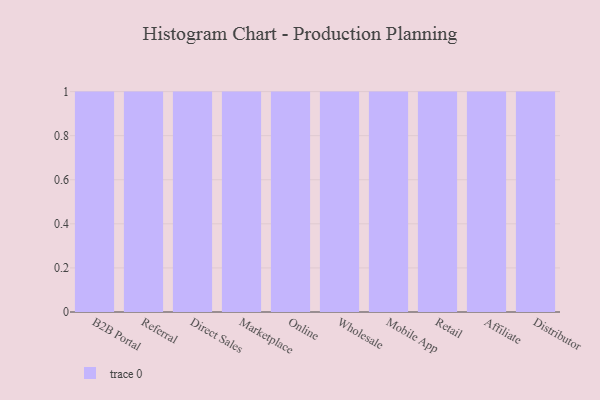
{"axis": {"x": "Channel", "y": "Page Views"}, "legend": [""], "data": [{"x": "B2B Portal", "y": 62, "type": ""}, {"x": "Referral", "y": 11, "type": ""}, {"x": "Direct Sales", "y": 97, "type": ""}, {"x": "Marketplace", "y": 37, "type": ""}, {"x": "Online", "y": 63, "type": ""}, {"x": "Wholesale", "y": 76, "type": ""}, {"x": "Mobile App", "y": 100, "type": ""}, {"x": "Retail", "y": 79, "type": ""}, {"x": "Affiliate", "y": 3, "type": ""}, {"x": "Distributor", "y": 73, "type": ""}]}